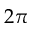
2 \pi